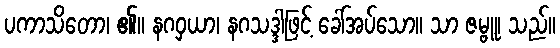
ပကာသိတော၊ ၏။ နဂဝှယာ၊ နဂသဒ္ဒါဖြင့် ခေါ်အပ်သော။ သာ ဇမ္ဗူ၊ သည်။